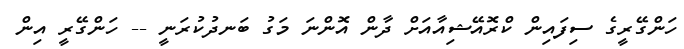
ހަންގޭރީގެ ސިފައިން ކްރޮއޭޝިއާއަށް ދާން އޮންނަ މަގު ބަނދުކުރަނީ -- ހަންގޭރީ އިން